Scottish Leaving Certificate Examination, 1960
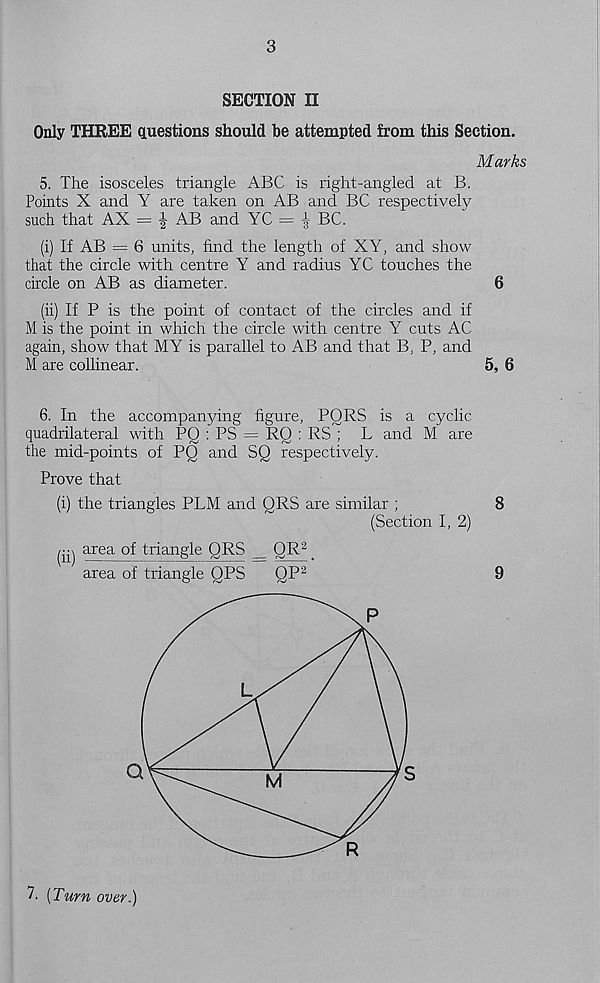
3
SECTION II
Only THREE questions should be attempted from this Section.
Marks
5. The isosceles triangle ABC is right-angled at B.
Points X and Y are taken on AB and BC respectively
such that AX =
AB and YC = h BC.
(i) If AB = 6 units, find the length of XY, and show
that the circle with centre Y and radius YC touches the
circle on AB as diameter.
6
(ii) If P is the point of contact of the circles and if
M is the point in which the circle with centre Y cuts AC
again, show that MY is parallel to AB and that B, P, and
M are collinear.
5, 6
6. In the accompanying figure, PQRS is a cyclic
quadrilateral with PQ : PS = RQ : RS ; L and M are
the mid-points of PQ and SQ respectively.
Prove that
(i) the triangles PLM and QRS are similar ;
8
(Section I, 2)
area of triangle QRS _ QR 2
area of triangle QPS
QP 2
9
7. [Turn over.)